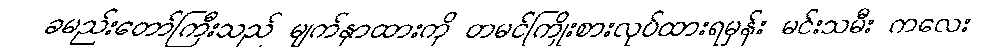
ခမည်းတော်ကြီးသည် မျက်နှာထားကို တမင်ကြိုးစားလုပ်ထားရမှန်း မင်းသမီး ကလေး